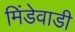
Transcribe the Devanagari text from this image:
मिंडेवाडी